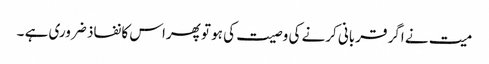
میت نے اگر قربانی کرنے کی وصیت کی ہو تو پھراس کا نفاذ ضروری ہے ۔